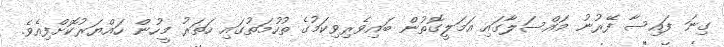
ގިނަ ފައިސާ ފޭރުނު މައްސަލާގައި އަމަލީގޮތުން ބައިވެރިވިކަމުގެ ތުހުމަތުގައި ހަތަރު މީހުން ހައްޔަރުކޮށްފިއެވެ.